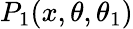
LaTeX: P_{1}(x,\theta,\theta_{1})